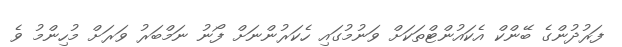
ފަރުދުންގެ ބޭންކް އެކައުންޓްތަކަށް ވަނުމުގައި ހެކަރުންނަށް ފޯނު ނަމްބަރު ވަރަށް މުހިންމު ވެ